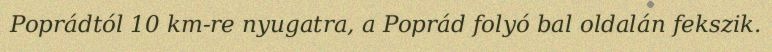
Poprádtól 10 km-re nyugatra, a Poprád folyó bal oldalán fekszik.